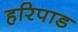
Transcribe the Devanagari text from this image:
हरिपाड